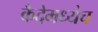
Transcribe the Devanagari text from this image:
कैदेमध्येच